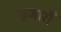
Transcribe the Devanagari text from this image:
हजारोँ